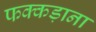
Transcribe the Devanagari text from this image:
फक्‍कड़ाना